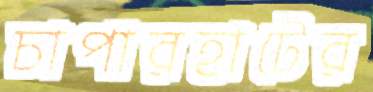
চাপারহাটের